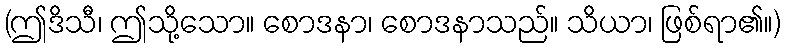
(ဤဒိသီ၊ ဤသို့သော။ စောဒနာ၊ စောဒနာသည်။ သိယာ၊ ဖြစ်ရာ၏။)